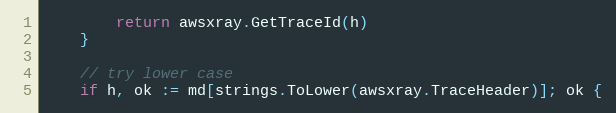
Language: Go
		return awsxray.GetTraceId(h)
	}

	// try lower case
	if h, ok := md[strings.ToLower(awsxray.TraceHeader)]; ok {